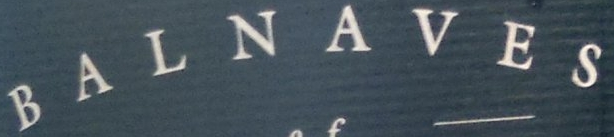
BALNAVES